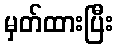
မှတ်ထားပြီး